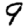
Digit: 9